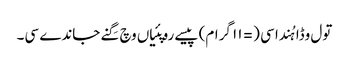
تول وڈا ہُندا سی (= ١١ گرام) پیسے روپئیاں وچ گِنے جاندے سی۔